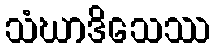
သံဃာဒိသေဿ